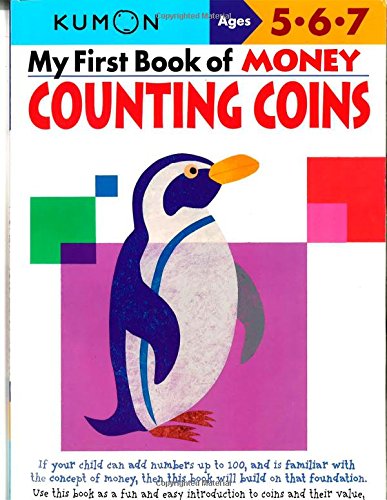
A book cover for My First Book of Money: Counting Coins; Kumon Publishing; Children's Books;